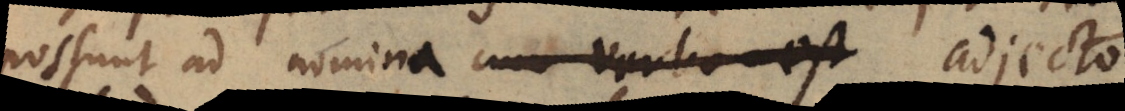
possunt ad nomina cum verba est adjecto